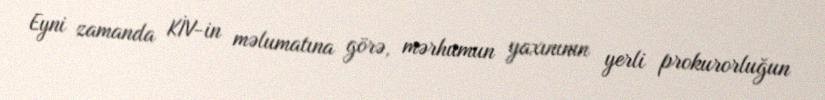
Eyni zamanda KİV-in məlumatına görə, mərhumun yaxınının yerli prokurorluğun